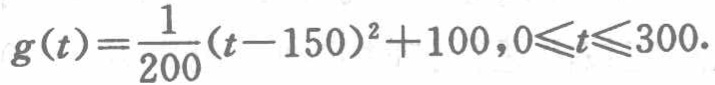
\(g(t)=\frac{1}{200}(t - 150)^2+100,0\leqslant t\leqslant300\)